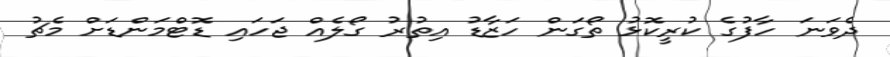
ދެވަނަ ހާފުގެ ކުރީކޮޅު ތޯގަން ހަޒާޑު އިތުރު ގޯލެއް ޖަހައި ޑޮޓްމަންޑަށް މެޗު